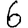
Digit: 6